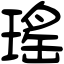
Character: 瑤